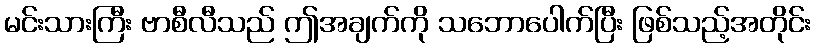
မင်းသားကြီး ဗာစီလီသည် ဤအချက်ကို သဘောပေါက်ပြီး ဖြစ်သည့်အတိုင်း